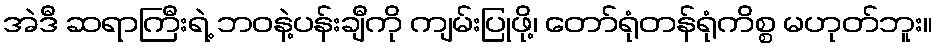
အဲဒီ ဆရာကြီးရဲ့ ဘဝနဲ့ပန်းချီကို ကျမ်းပြုဖို့၊ တော်ရုံတန်ရုံကိစ္စ မဟုတ်ဘူး။